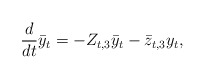
\begin{align*}\frac{d}{dt}\bar{y}_t = -Z_{t,3}\bar{y}_t - \bar{z}_{t,3}y_t,\end{align*}